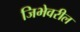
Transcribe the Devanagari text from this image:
जिभेवरील